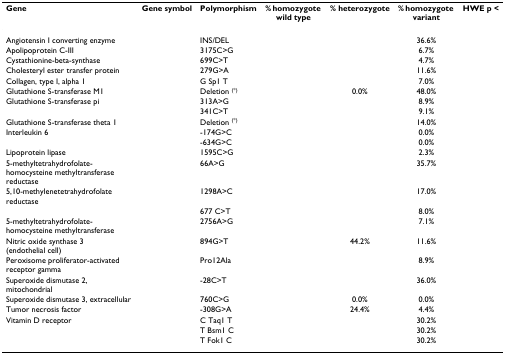
<table><thead><tr><td><b>Gene</b></td><td><b>Gene symbol</b></td><td><b>Polymorphism</b></td><td><b>% homozygote wild type</b></td><td><b>% heterozygote</b></td><td><b>% homozygote variant</b></td><td><b>HWE p &lt;</b></td></tr></thead><tbody><tr><td>Angiotensin I converting enzyme</td><td>[EMPTY_CELL]</td><td>INS/DEL</td><td>[EMPTY_CELL]</td><td>[EMPTY_CELL]</td><td>36.6%</td><td>[EMPTY_CELL]</td></tr><tr><td>Apolipoprotein C-III</td><td>[EMPTY_CELL]</td><td>3175C&gt;G</td><td>[EMPTY_CELL]</td><td>[EMPTY_CELL]</td><td>6.7%</td><td>[EMPTY_CELL]</td></tr><tr><td>Cystathionine-beta-synthase</td><td>[EMPTY_CELL]</td><td>699C&gt;T</td><td>[EMPTY_CELL]</td><td>[EMPTY_CELL]</td><td>4.7%</td><td>[EMPTY_CELL]</td></tr><tr><td>Cholesteryl ester transfer protein</td><td>[EMPTY_CELL]</td><td>279G&gt;A</td><td>[EMPTY_CELL]</td><td>[EMPTY_CELL]</td><td>11.6%</td><td>[EMPTY_CELL]</td></tr><tr><td>Collagen, type I, alpha 1</td><td>[EMPTY_CELL]</td><td>G Sp1 T</td><td>[EMPTY_CELL]</td><td>[EMPTY_CELL]</td><td>7.0%</td><td>[EMPTY_CELL]</td></tr><tr><td>Glutathione S-transferase M1</td><td>[EMPTY_CELL]</td><td>Deletion <sup>(*)</sup></td><td>[EMPTY_CELL]</td><td>0.0%</td><td>48.0%</td><td>[EMPTY_CELL]</td></tr><tr><td>Glutathione S-transferase pi</td><td>[EMPTY_CELL]</td><td>313A&gt;G</td><td>[EMPTY_CELL]</td><td>[EMPTY_CELL]</td><td>8.9%</td><td>[EMPTY_CELL]</td></tr><tr><td>[EMPTY_CELL]</td><td>[EMPTY_CELL]</td><td>341C&gt;T</td><td>[EMPTY_CELL]</td><td>[EMPTY_CELL]</td><td>9.1%</td><td>[EMPTY_CELL]</td></tr><tr><td>Glutathione S-transferase theta 1</td><td>[EMPTY_CELL]</td><td>Deletion <sup>(*)</sup></td><td>[EMPTY_CELL]</td><td>[EMPTY_CELL]</td><td>14.0%</td><td>[EMPTY_CELL]</td></tr><tr><td>Interleukin 6</td><td>[EMPTY_CELL]</td><td>-174G&gt;C</td><td>[EMPTY_CELL]</td><td>[EMPTY_CELL]</td><td>0.0%</td><td>[EMPTY_CELL]</td></tr><tr><td>[EMPTY_CELL]</td><td>[EMPTY_CELL]</td><td>-634G&gt;C</td><td>[EMPTY_CELL]</td><td>[EMPTY_CELL]</td><td>0.0%</td><td>[EMPTY_CELL]</td></tr><tr><td>Lipoprotein lipase</td><td>[EMPTY_CELL]</td><td>1595C&gt;G</td><td>[EMPTY_CELL]</td><td>[EMPTY_CELL]</td><td>2.3%</td><td>[EMPTY_CELL]</td></tr><tr><td>5-methyltetrahydrofolate-homocysteine methyltransferase reductase</td><td>[EMPTY_CELL]</td><td>66A&gt;G</td><td>[EMPTY_CELL]</td><td>[EMPTY_CELL]</td><td>35.7%</td><td>[EMPTY_CELL]</td></tr><tr><td>5,10-methylenetetrahydrofolate reductase</td><td>[EMPTY_CELL]</td><td>1298A&gt;C</td><td>[EMPTY_CELL]</td><td>[EMPTY_CELL]</td><td>17.0%</td><td>[EMPTY_CELL]</td></tr><tr><td>[EMPTY_CELL]</td><td>[EMPTY_CELL]</td><td>677 C&gt;T</td><td>[EMPTY_CELL]</td><td>[EMPTY_CELL]</td><td>8.0%</td><td>[EMPTY_CELL]</td></tr><tr><td>5-methyltetrahydrofolate-homocysteine methyltransferase</td><td>[EMPTY_CELL]</td><td>2756A&gt;G</td><td>[EMPTY_CELL]</td><td>[EMPTY_CELL]</td><td>7.1%</td><td>[EMPTY_CELL]</td></tr><tr><td>Nitric oxide synthase 3 (endothelial cell)</td><td>[EMPTY_CELL]</td><td>894G&gt;T</td><td>[EMPTY_CELL]</td><td>44.2%</td><td>11.6%</td><td>[EMPTY_CELL]</td></tr><tr><td>Peroxisome proliferator-activated receptor gamma</td><td>[EMPTY_CELL]</td><td>Pro12Ala</td><td>[EMPTY_CELL]</td><td>[EMPTY_CELL]</td><td>8.9%</td><td>[EMPTY_CELL]</td></tr><tr><td>Superoxide dismutase 2, mitochondrial</td><td>[EMPTY_CELL]</td><td>-28C&gt;T</td><td>[EMPTY_CELL]</td><td>[EMPTY_CELL]</td><td>36.0%</td><td>[EMPTY_CELL]</td></tr><tr><td>Superoxide dismutase 3, extracellular</td><td>[EMPTY_CELL]</td><td>760C&gt;G</td><td>[EMPTY_CELL]</td><td>0.0%</td><td>0.0%</td><td>[EMPTY_CELL]</td></tr><tr><td>Tumor necrosis factor</td><td>[EMPTY_CELL]</td><td>-308G&gt;A</td><td>[EMPTY_CELL]</td><td>24.4%</td><td>4.4%</td><td>[EMPTY_CELL]</td></tr><tr><td>Vitamin D receptor</td><td>[EMPTY_CELL]</td><td>C Taq1 T</td><td>[EMPTY_CELL]</td><td>[EMPTY_CELL]</td><td>30.2%</td><td>[EMPTY_CELL]</td></tr><tr><td>[EMPTY_CELL]</td><td>[EMPTY_CELL]</td><td>T Bsm1 C</td><td>[EMPTY_CELL]</td><td>[EMPTY_CELL]</td><td>30.2%</td><td>[EMPTY_CELL]</td></tr><tr><td>[EMPTY_CELL]</td><td>[EMPTY_CELL]</td><td>T Fok1 C</td><td>[EMPTY_CELL]</td><td>[EMPTY_CELL]</td><td>30.2%</td><td>[EMPTY_CELL]</td></tr></tbody></table>